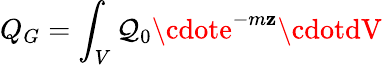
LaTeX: Q_{G}=\int_{V}\mathcal{Q}_{0}\cdote^{-m\mathbf{z}}\cdotdV